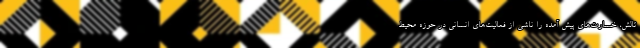
تالش، خسارت‌های پیش آمده را ناشی از فعالیت‌های انسانی در حوزه محیط